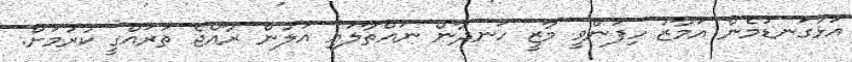
އަޅުގަނޑުމެން އަމާޒު ހިފަންވީ މާޒީ ހަނދާން ނައްތާލައި އަލުން ރާއްޖެ ތަރައްގީ ކުރުމަށް.